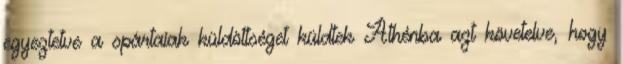
egyeztetve a spártaiak küldöttséget küldtek Athénba azt követelve, hogy